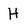
Character: H